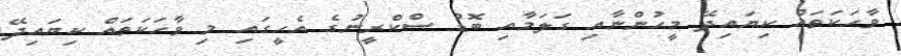
ވާހަކަތައް ކިޔައިދޭ މީހުންނާއި ގަލަމާއި ބޮޑު ސްކްރީނުގެ އެހީގައި މި ވާހަކަތައް ކިޔައިދޭ